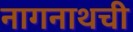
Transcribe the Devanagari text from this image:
नागनाथची